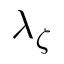
\lambda _ { \zeta }